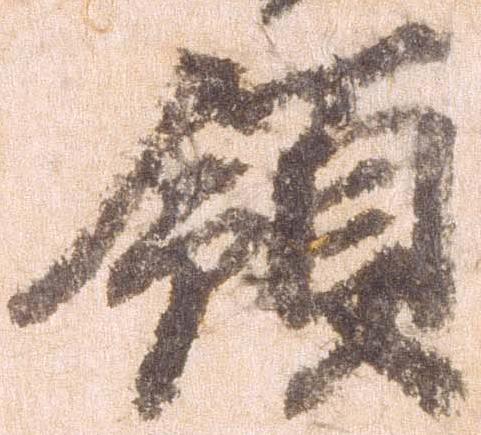
領